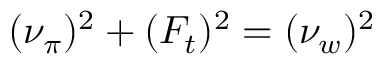
( \nu _ { \pi } ) ^ { 2 } + ( F _ { t } ) ^ { 2 } = ( \nu _ { w } ) ^ { 2 }